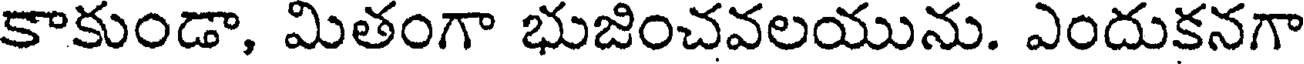
కాకుండా, మితంగా భుజించవలయును. ఎందుకనగా